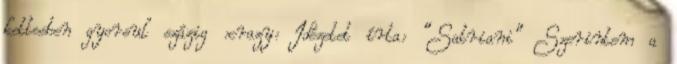
kettesben gyorsul százig :crazy: Idézetet írta: "Satriani" Szerintem a